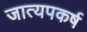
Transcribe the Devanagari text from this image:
जात्यपकर्ष